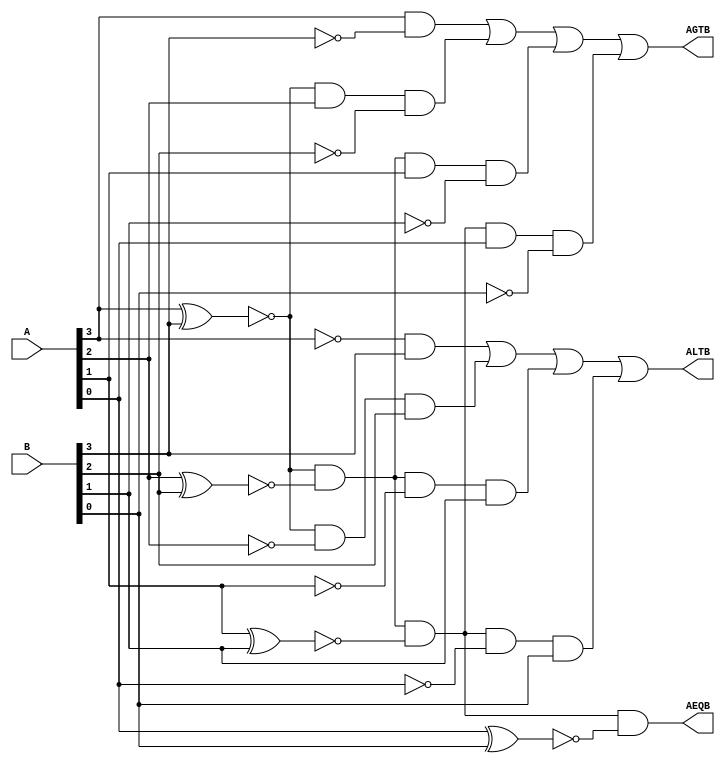
module magComp_gate(ALTB, AGTB, AEQB, A, B);
  input [3:0] A, B;
  output ALTB, AGTB, AEQB;
  wire [3:0]X, Y, Z, NotA, NotB;
  
  xnor 
      g01(X[3], A[3], B[3]),
      g02(X[2], A[2], B[2]),
      g03(X[1], A[1], B[1]),
      g04(X[0], A[0], B[0]);
  not 
      g05(NotA[3], A[3]),
      g06(NotA[2], A[2]),
      g07(NotA[1], A[1]),
      g08(NotA[0], A[0]),
      g09(NotB[3], B[3]),
      g10(NotB[2], B[2]),
      g11(NotB[1], B[1]),
      g12(NotB[0], B[0]);
  and
      g13(Y[0], A[3], NotB[3]),
      g14(Y[1], X[3], A[2], NotB[2]),
      g15(Y[2], X[3], X[2], A[1], NotB[1]),
      g16(Y[3], X[3], X[2], X[1], A[0], NotB[0]);
  and
      g17(Z[0], NotA[3], B[3]),
      g18(Z[1], X[3], NotA[2], B[2]),
      g19(Z[2], X[3], X[2], NotA[1], B[1]),
      g20(Z[3], X[3], X[2], X[1], NotA[0], B[0]);
      
  and g21(AEQB, X[3], X[2], X[1], X[0]);
  or  
      g22(ALTB, Z[0], Z[1], Z[2], Z[3]),
      g23(AGTB, Y[0], Y[1], Y[2], Y[3]);
endmodule